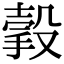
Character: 㨌